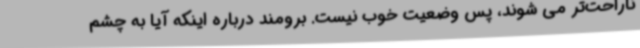
ناراحت‌تر می شوند، پس وضعیت خوب نیست. برومند درباره اینکه آیا به چشم